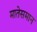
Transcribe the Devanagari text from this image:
मातेसमान